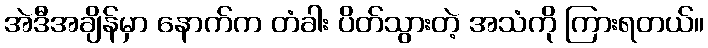
အဲဒီအချိန်မှာ နောက်က တံခါး ပိတ်သွားတဲ့ အသံကို ကြားရတယ်။